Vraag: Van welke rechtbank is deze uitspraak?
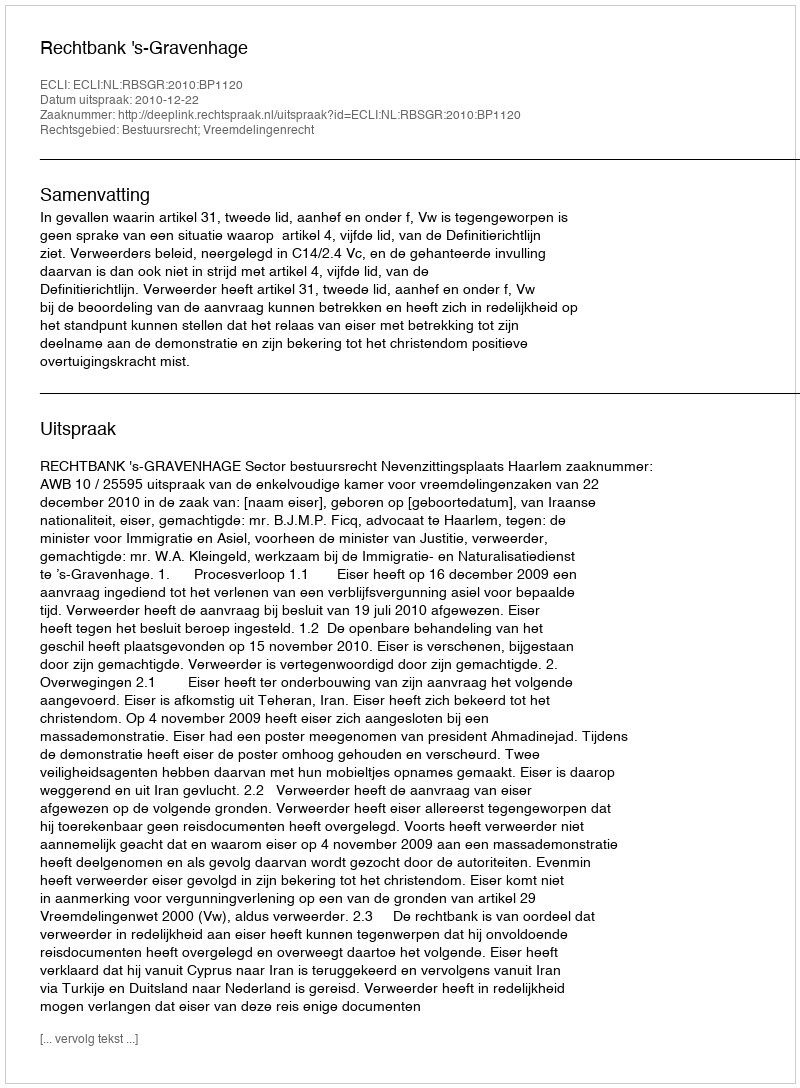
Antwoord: Rechtbank 's-Gravenhage